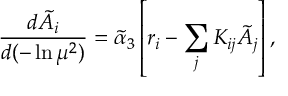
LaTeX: { \frac { d \tilde { A } _ { i } } { d ( - \ln \mu ^ { 2 } ) } } = \tilde { \alpha } _ { 3 } \left[ r _ { i } - \sum _ { j } K _ { i j } \tilde { A } _ { j } \right] ,